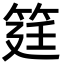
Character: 筳